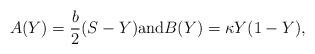
LaTeX: \begin{align*}A(Y)=\frac{b}{2}(S-Y) \textrm{and} B(Y)=\kappa Y(1-Y),\end{align*}